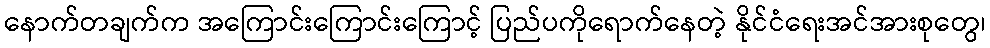
နောက်တချက်က အကြောင်းကြောင်းကြောင့် ပြည်ပကိုရောက်နေတဲ့ နိုင်ငံရေးအင်အားစုတွေ၊